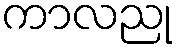
ကာလညု